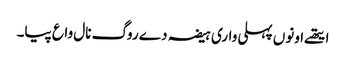
ایتھے اونوں پہلی واری ہیضہ دے روگ نال واع پیا۔